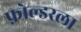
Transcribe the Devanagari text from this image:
फ़ोल्डरला